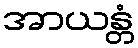
အာယန္တံ